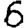
Digit: 6